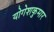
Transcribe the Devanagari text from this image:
योगेशकुमार